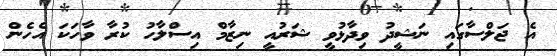
އެ ޖަލްސާގައި ނަޝީދު ވިދާޅުވީ ޝަރުއީ ނިޒާމް އިސްލާހު ކުރާ ވާހަކަ އެހެން